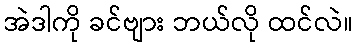
အဲဒါကို ခင်ဗျား ဘယ်လို ထင်လဲ။